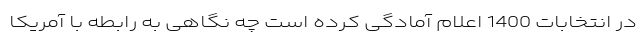
در انتخابات 1400 اعلام آمادگی کرده است چه نگاهی به رابطه با آمریکا